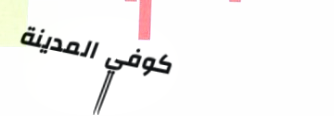
كوفي المدينة